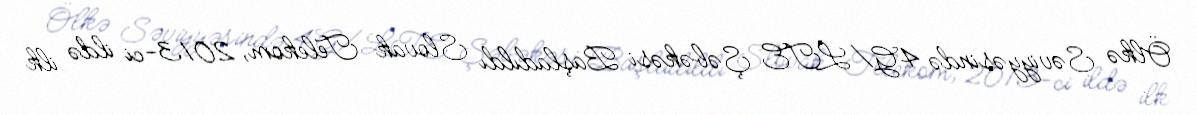
Ölkə Səviyyəsində 4G/LTE Şəbəkəsi Başladıldı Slovak Telekom, 2013-ci ildə ilk